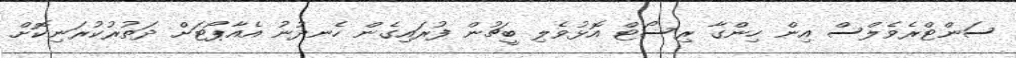
ސަންޓްރެވެލްސް އިން ހިންގާ ރިސޯޓް އޮޅުވެލި ބީޗުން ފުރައިގެން ހެނދުނު އެއާޕޯޓަށް ދަތުރުކުރަނިކޮށް